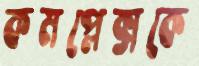
কমপ্লেক্সকে